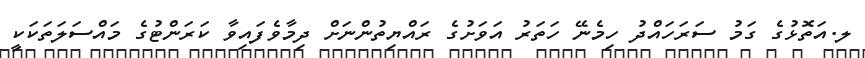
ލ.އަތޮޅުގެ ގަމު ސަރަހައްދު ހިމެނޭ ހަތަރު އަވަށުގެ ރައްޔިތުންނަށް ދިމާވެފައިވާ ކަރަންޓުގެ މައްސަލަތަކަކީ